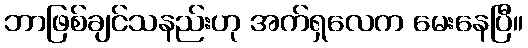
ဘာဖြစ်ချင်သနည်းဟု အက်ရှလေက မေးနေပြီ။